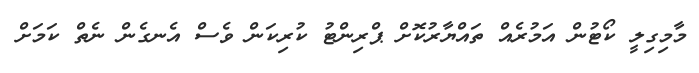
މާމިގިލީ ކޯޓުން އަމުރެއް ތައްޔާރުކޮށް ޕްރިންޓު ކުރިކަން ވެސް އެނގެން ނެތް ކަމަށް